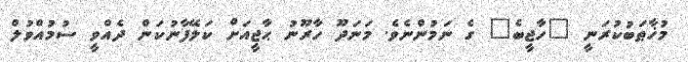
މުޚާޠަބުކުރަނީ "ހާޖީބެ" ގެ ނަމުންނެވެ. މަނަދޫ ހާރޫނު ޙާޖީއަށް ކަލޭފާނުކަން ދެއްވީ ސުމުއްވުލް